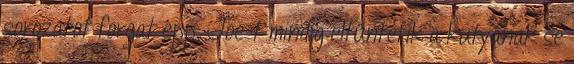
sorozatot forgat épp, Joe-t mindig eltűntetik a kutyának se